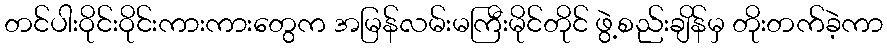
တင်ပါးဝိုင်းဝိုင်းကားကားတွေက အမြန်လမ်းမကြီးမိုင်တိုင် ဖွဲ့စည်းချိန်မှ တိုးတက်ခဲ့ကာ